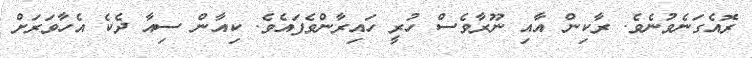
ރޮއެގަނެވުނެވެ. ރާކިން އާއި ނޫރާވެސް ހުރީ ހައިރާންވެފައެވެ. ކިއާން ސިއާ ދެކެ އެހާވަރަށް